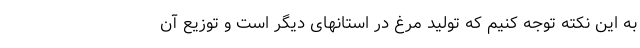
به این نکته توجه کنیم که تولید مرغ در استانهای دیگر است و توزیع آن